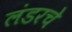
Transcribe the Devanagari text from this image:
लंडरचे